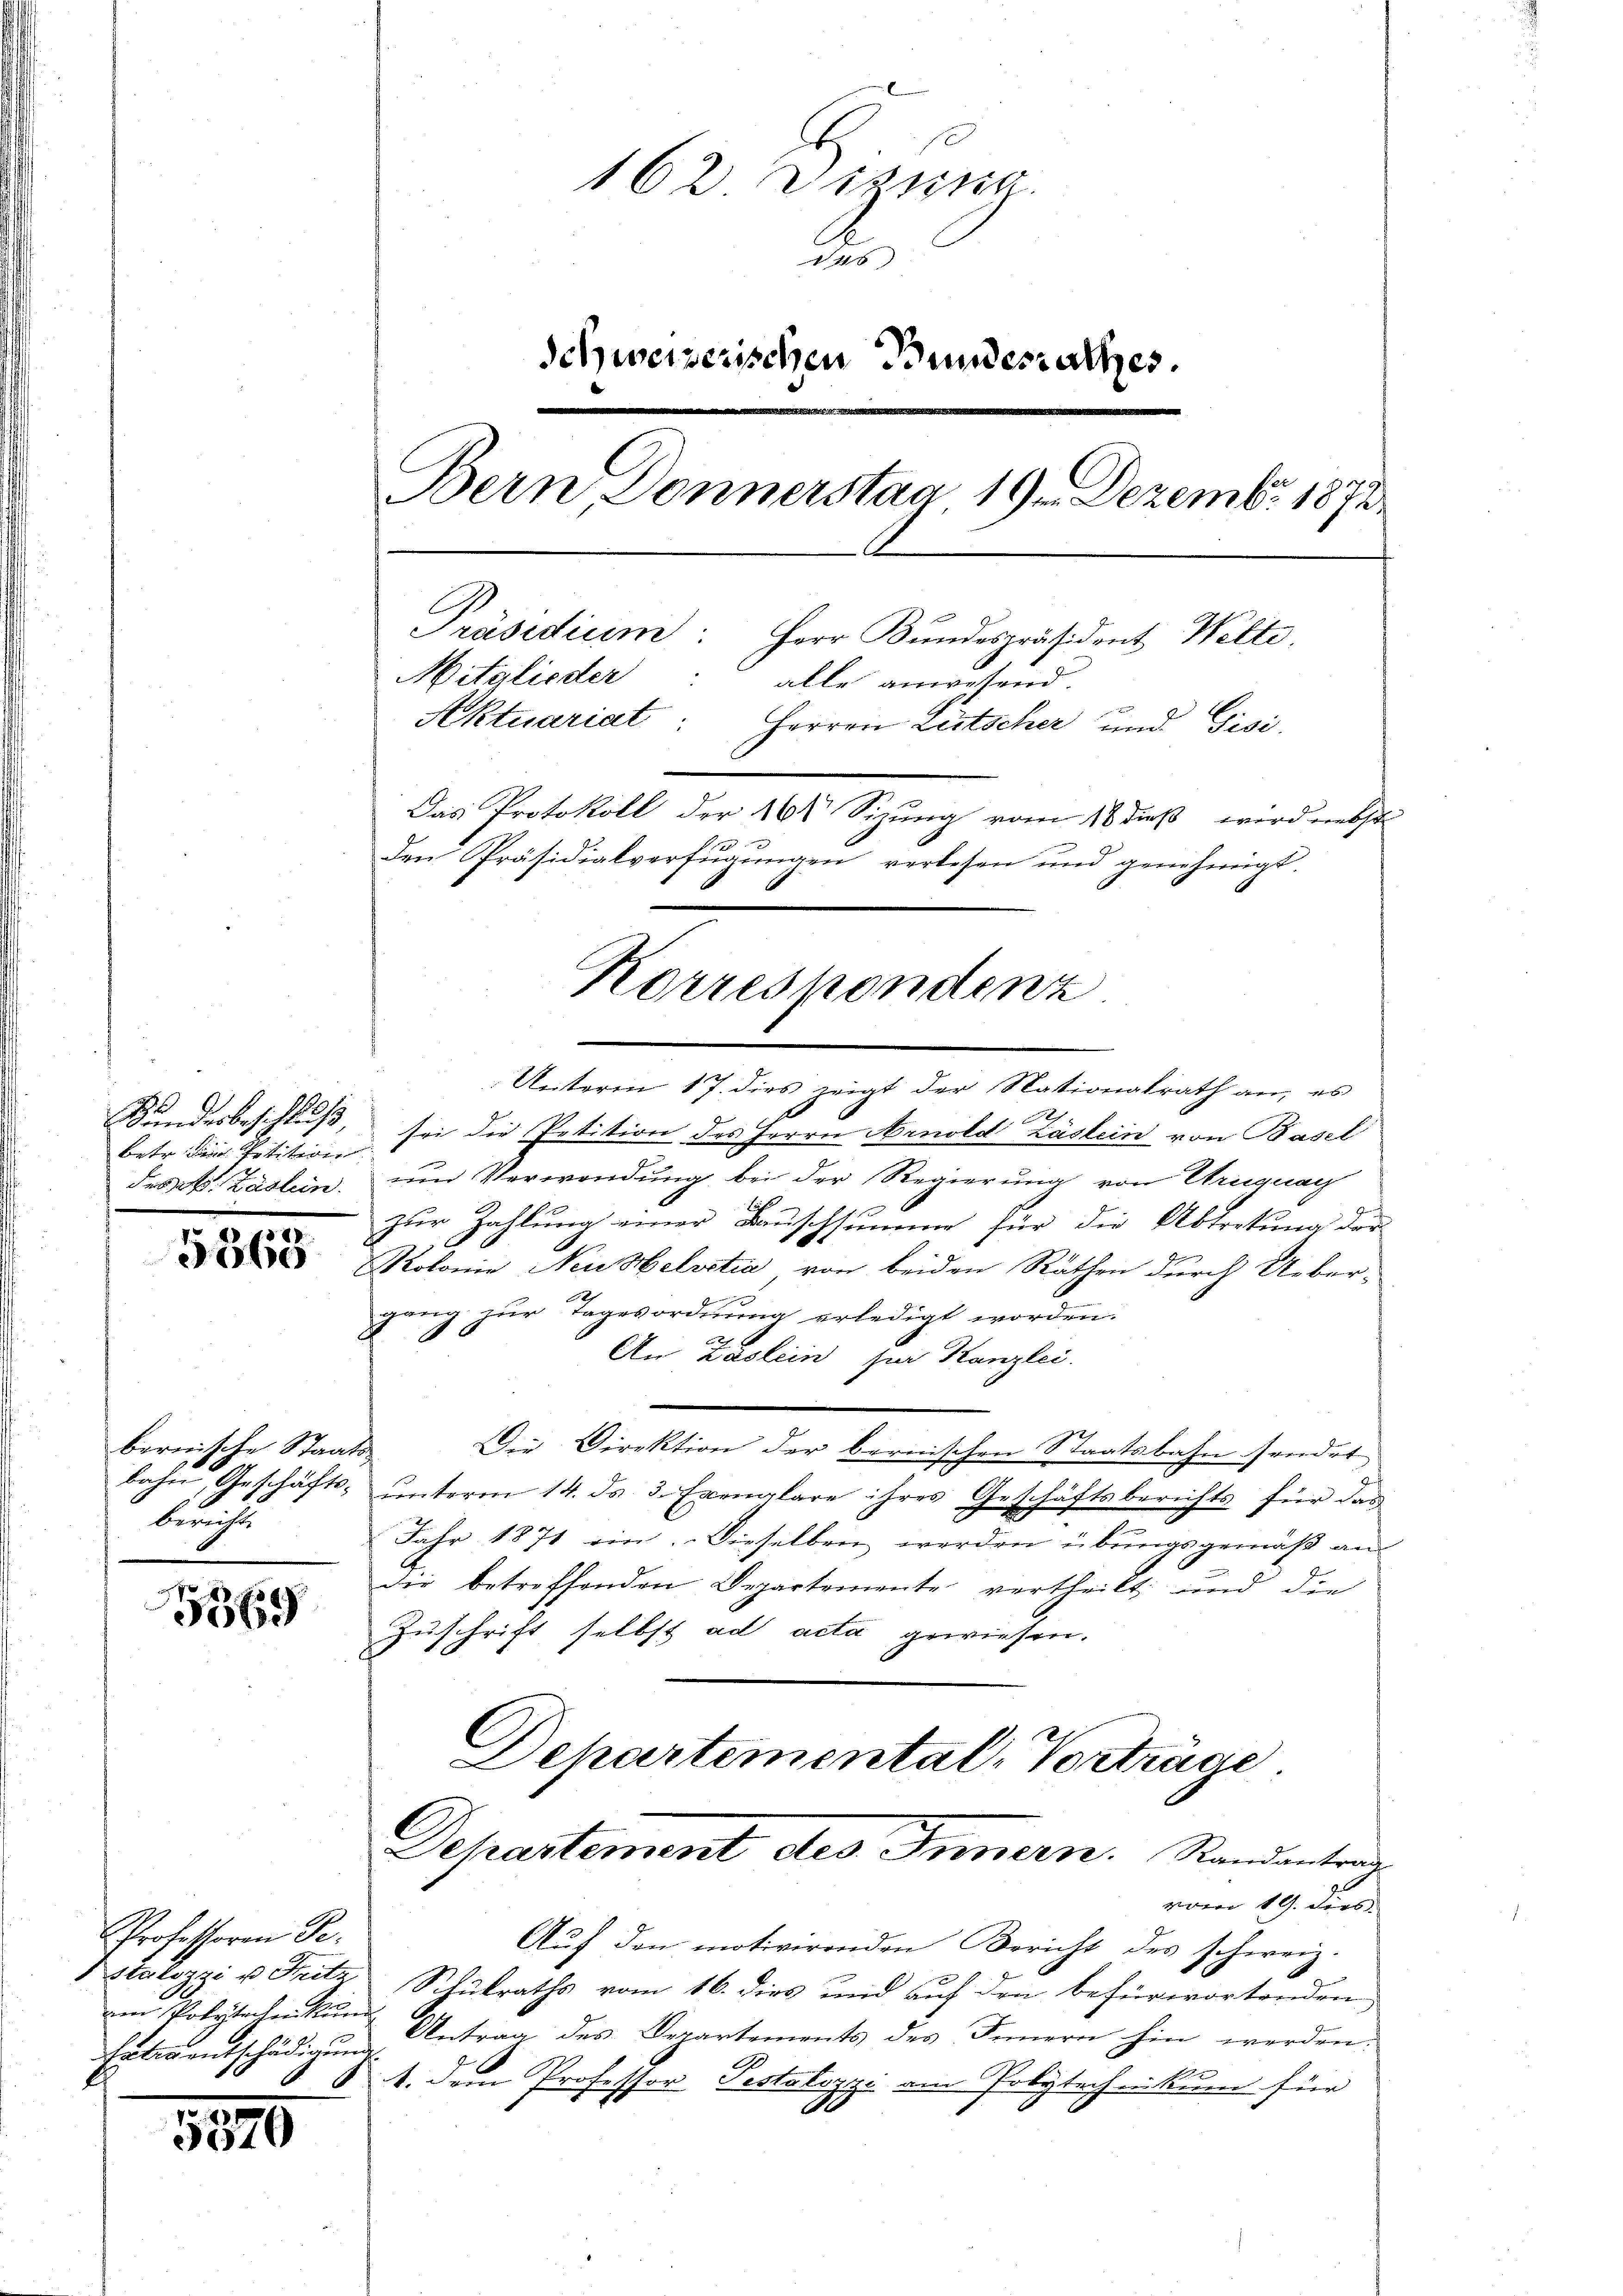
Sonderbeschluß
betr. die Petition
Frs. Zäslein.

5368

bernische Staats
bahn, Geschäftsberichte

369

Professoren Ge¬
Stalozzi u. Fritz
den Polytechen könne
Entwentschädigung

3
5570

162 Diszig.
146
Schweizerischen Bundesrathes.
Bern Donnerstaa, 191. Dezemb. 1872
Präsidium: Herr Bŭndespräsident Welte.
Mitglieder: alle anwesend.
Aktuariat: Herren Litscher und Gisi-
Das Protokoll der 26 Sizung vom 18 dieß, wird nebste
den Präsidialverfügungen verlesen und genehmigt.

A

Unterm 17. dies zeigt der Nationalrath an, es
x
sei die Petition des Herrn Arnold Zäslein von Basel
und Verwendung, bei der Regierung von Ereignag
6
zur Zahlung einer Banschsumme für die Abtretung der
Kolonie Neubelvetia, von beiden Räthen durch Ueber-
gang zŭr Tagesordnung erledigt worden.
B
9
An Zaslein für Kanzlei.
Die Direktion der bernischen Staatsbahn findet
unterm 14. ds. 3. Exemplare ihres Geschäftsberichts für das
Jahr 1871 ein. Dieselben werden übungsgemäß an
die betreffenden Departemente vertheilt, und die
Zuschrift selbst ad acta gewiesen.
Dehartemental, Vorträge

Korrespondenz

Departement des Innern. Standentrag
vom 19. ders

Aŭf den motiverenden Bericht des schweiz.
Schulraths vom 16. dies und auf den befürwortenden
Antrag des Departements des Innern hin werden:
1. dem Professor Pestalozzi am Polytechnikum für